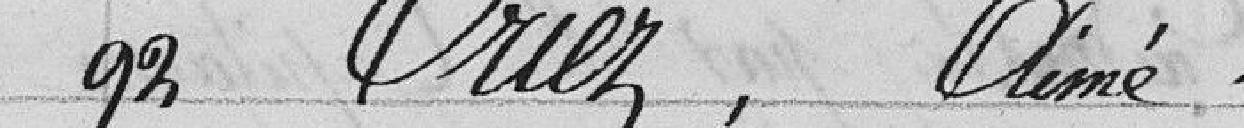
92 Oriez, Aimé